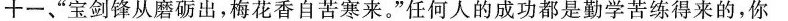
十 一”、宝剑锋从磨砺出，梅花香自苦寒来。”任何人的成功都是勤学苦练得来的，你